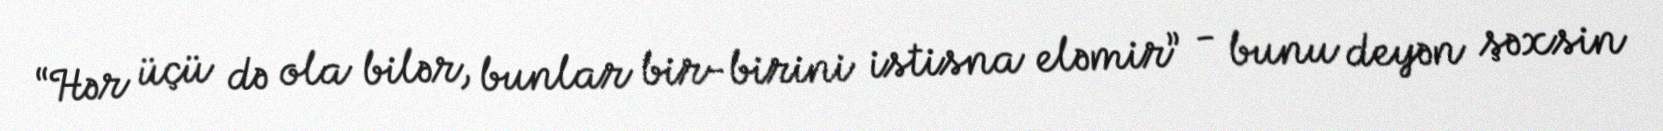
“Hər üçü də ola bilər, bunlar bir-birini istisna eləmir” - bunu deyən şəxsin